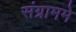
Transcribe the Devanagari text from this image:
संग्राममे